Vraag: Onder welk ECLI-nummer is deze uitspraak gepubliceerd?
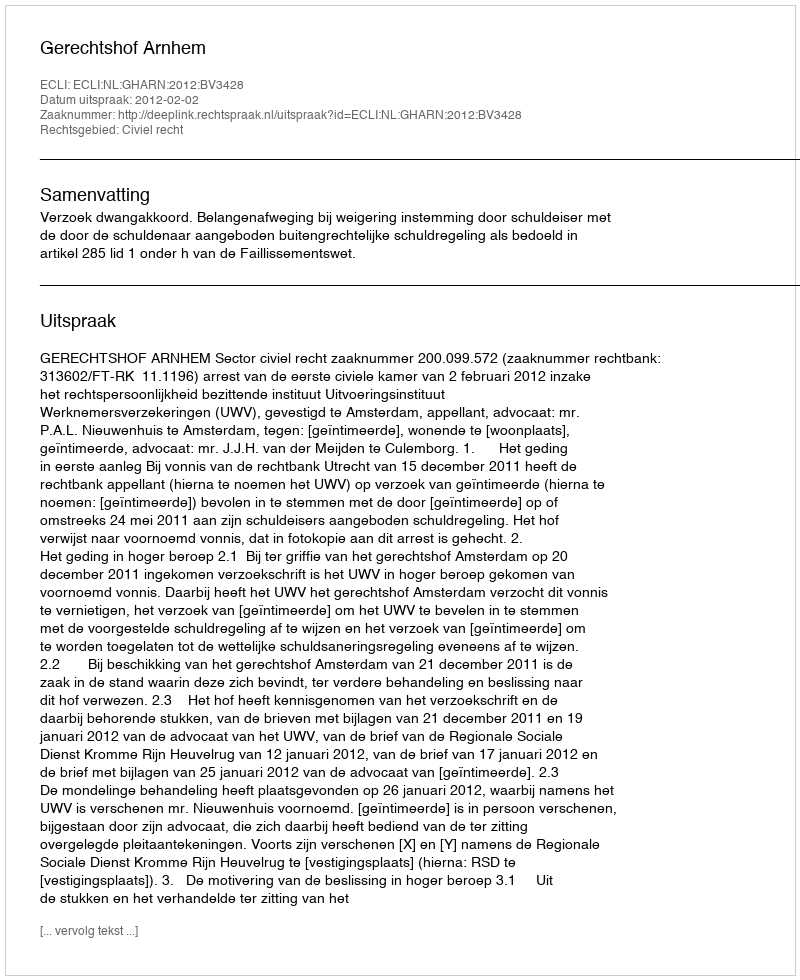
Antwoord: ECLI:NL:GHARN:2012:BV3428